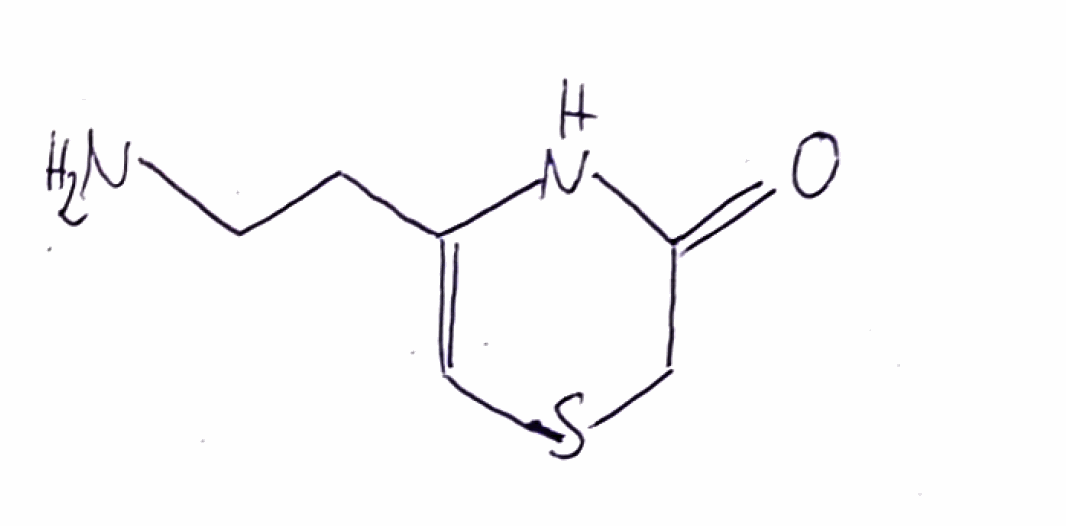
Simplified molecular-input line-entry system (SMILES) notation of the given molecule:
C1C(=O)NC(=CS1)CCN